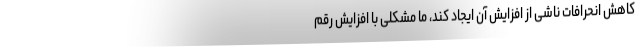
کاهش انحرافات ناشی از افزایش آن ایجاد کند، ما مشکلی با افزایش رقم